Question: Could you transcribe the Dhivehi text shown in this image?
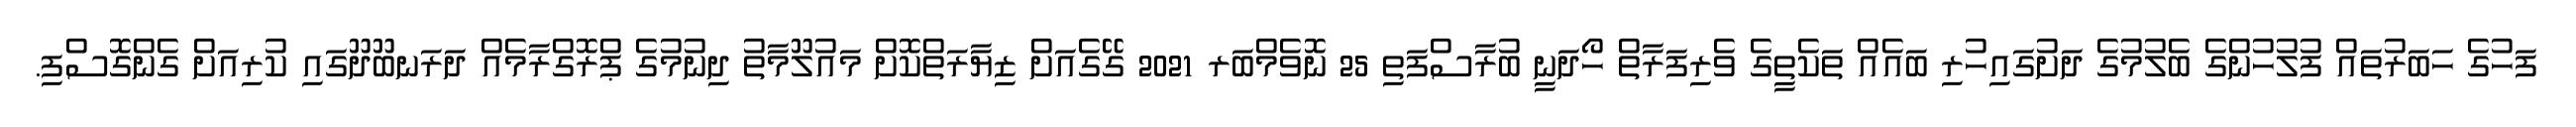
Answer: ފަހުގެ ހަބަރުތައް ފުލުހުންގެ ބެލުމުގެ ދަށުގައިހުރި ބައެއް ތަކެތީގެ ވެރިފަރާތް ހޯދަނީ ބުރާސްފަތި 25 ނޮވެމްބަރ 2021 ގޭގެއަށް ޒިޔާރަތްކޮށް މައުލޫމާތު ދިނުމުގެ ޕްރޮގްރާމެއް ދަރަނބޫދޫގައި ކުރިއަށް ގެންގޮސްފި.